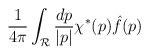
LaTeX: \begin{align*}{1\over {4\pi}}\int_{\cal R}{{dp}\over{|p|}} \chi^*(p){\hat f}(p)\end{align*}